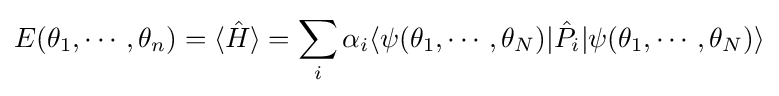
E(\theta _{1},\cdots ,\theta _{n})=\langle {\hat {H}}\rangle =\sum _{i}\alpha _{i}\langle \psi (\theta _{1},\cdots ,\theta _{N})|{\hat {P}}_{i}|\psi (\theta _{1},\cdots ,\theta _{N})\rangle